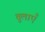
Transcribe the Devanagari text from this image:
तुलाएँ